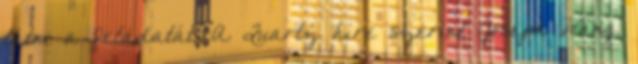
látni a feladatát. A Quartz híre szerint Joseph Wang,